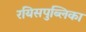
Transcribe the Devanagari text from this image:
रयिसपुब्लिका